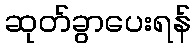
ဆုတ်ခွာပေးရန်